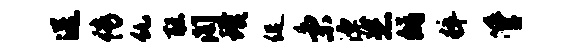
送传仇聪阁璞促秉漂恣修粹管